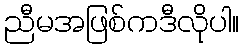
ညီမအဖြစ်ကဒီလိုပါ။